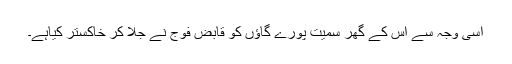
اسی وجہ سے اس کے گھر سمیت پورے گاؤں کو قابض فوج نے جلا کر خاکستر کیاہے۔